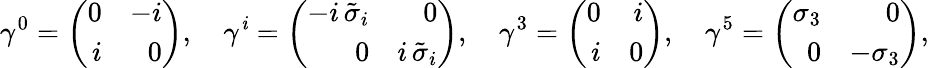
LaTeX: \gamma^{0}=\left(\begin{array}{rr}{{0}}&{{-i}}\\ {{i}}&{{0}}\end{array}\right),\quad\gamma^{\mathit{i}}=\left(\begin{array}{rr}{{-i\, \tilde{\sigma}_{i}}}&{{0}}\\ {{0}}&{{i\, \tilde{\sigma}_{i}}}\end{array}\right),\quad\gamma^{3}=\left(\begin{array}{rr}{{0}}&{{i}}\\ {{i}}&{{0}}\end{array}\right),\quad\gamma^{5}=\left(\begin{array}{rr}{{\sigma_{3}}}&{{0}}\\ {{0}}&{{-\sigma_{3}}}\end{array}\right),